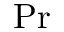
\operatorname* { P r }